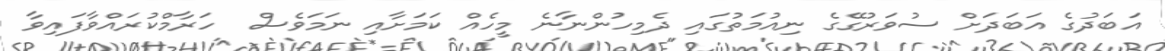
އަބަދުގެ އަބަދަށް ސުވަރުގޭގެ ނިއުމަތުގައި ދެމިހުންނާނެ މީހެއް ކަމަށާއި ނަމަވެސް  ހަރާމްކުރައްވާފައިވާ